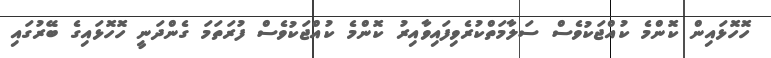
ހޮހޮޅައިން ކޮންމެ ކުއްޖަކުވެސް ސަލާމަތްކުރެވިފައިވާއިރު ކޮންމެ ކުއްޖަކުވެސް ފުރަތަމަ ގެންދަނީ ހޮހޮޅައިގެ ބޭރުގައި